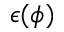
\epsilon ( \phi )